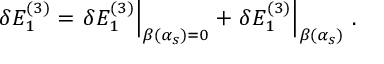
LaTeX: \delta E _ { 1 } ^ { ( 3 ) } = \left. \delta E _ { 1 } ^ { ( 3 ) } \right| _ { \beta ( \alpha _ { s } ) = 0 } + \left. \delta E _ { 1 } ^ { ( 3 ) } \right| _ { \beta ( \alpha _ { s } ) } \, .